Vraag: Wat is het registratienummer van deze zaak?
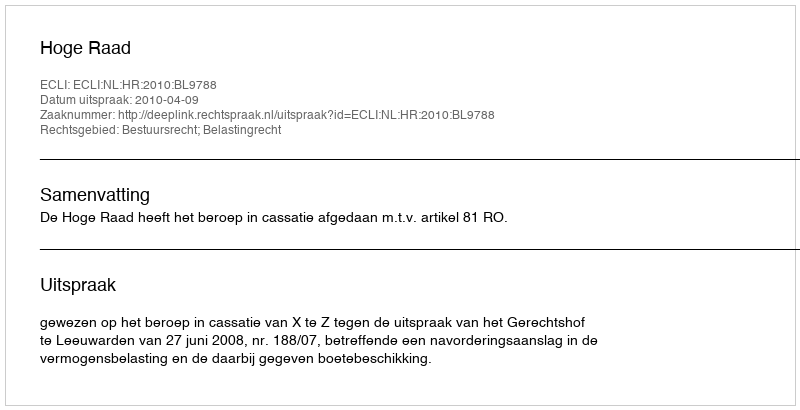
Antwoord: http://deeplink.rechtspraak.nl/uitspraak?id=ECLI:NL:HR:2010:BL9788